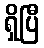
ရှိပြီ